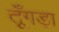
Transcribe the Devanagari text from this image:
तूँगड़ा